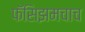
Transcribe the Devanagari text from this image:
फॅसिझमचाच